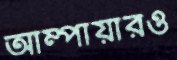
আম্পায়ারও